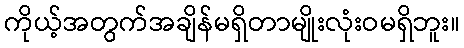
ကိုယ့်အတွက်အချိန်မရှိတာမျိုးလုံးဝမရှိဘူး။